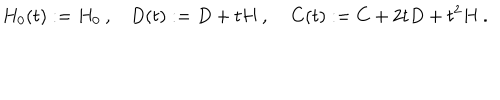
H _ { 0 } ( t ) : = H _ { 0 } \: , \: \: \: \: D ( t ) : = D + t H \: , \: \: \: \: \: C ( t ) : = C + 2 t D + t ^ { 2 } H \: .